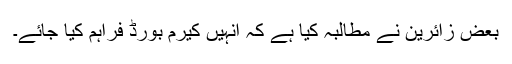
بعض زائرین نے مطالبہ کیا ہے کہ انہیں کیرم بورڈ فراہم کیا جائے۔